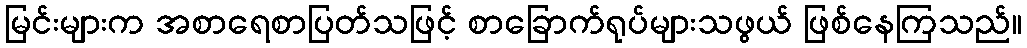
မြင်းများက အစာရေစာပြတ်သဖြင့် စာခြောက်ရုပ်များသဖွယ် ဖြစ်နေကြသည်။